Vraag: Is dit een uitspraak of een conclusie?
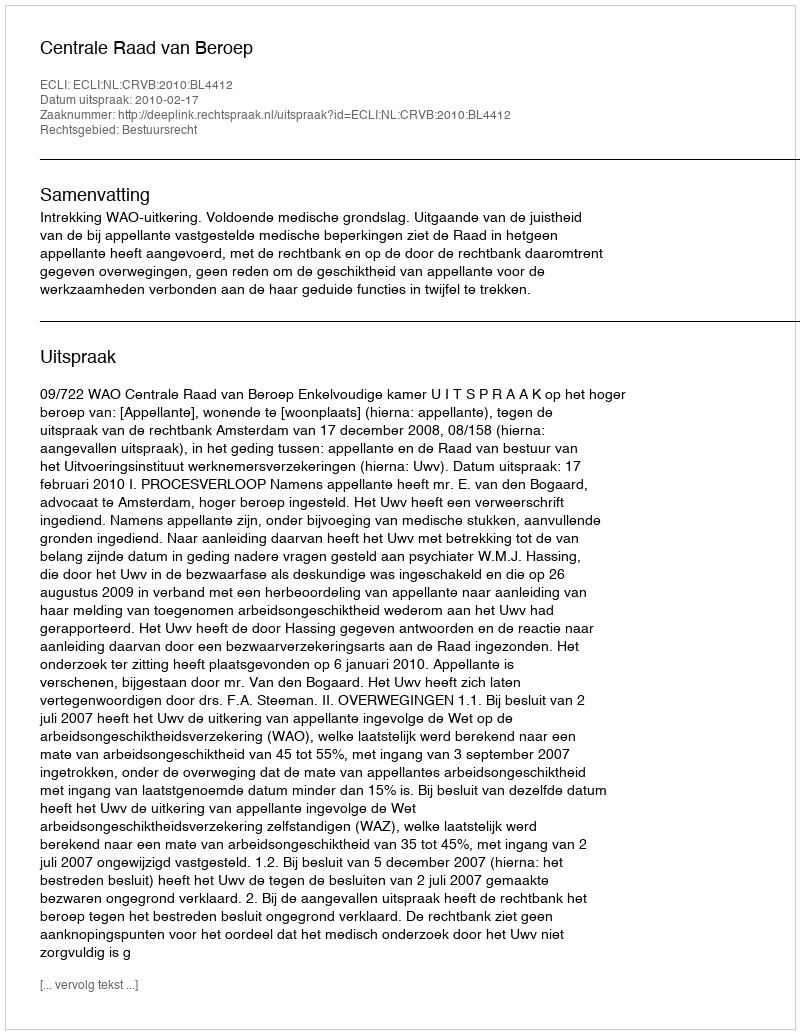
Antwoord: Uitspraak